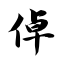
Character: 倬